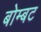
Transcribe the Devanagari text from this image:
बोम्बट